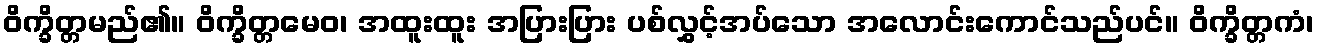
ဝိက္ခိတ္တမည်၏။ ဝိက္ခိတ္တမေဝ၊ အထူးထူး အပြားပြား ပစ်လွှင့်အပ်သော အလောင်းကောင်သည်ပင်။ ဝိက္ခိတ္တကံ၊